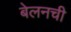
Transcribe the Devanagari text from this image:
बेलनची